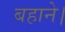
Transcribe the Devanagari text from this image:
बहाने।